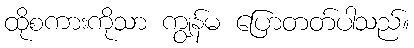
ထိုစကားကိုသာ ကျွန်မ ပြောတတ်ပါသည်။